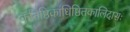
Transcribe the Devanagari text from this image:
कनिष्ठिकाधिष्ठितकालिदासः